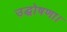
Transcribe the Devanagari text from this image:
उद्घोषणा।